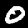
Digit: 0